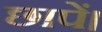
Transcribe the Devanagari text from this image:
छापें।